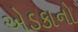
એડકાનો